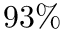
9 3 \%